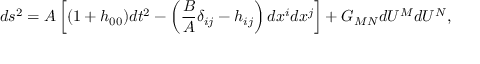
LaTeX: d s ^ { 2 } = A \left[ ( 1 + h _ { 0 0 } ) d t ^ { 2 } - \left( \frac { B } { A } \delta _ { i j } - h _ { i j } \right) d x ^ { i } d x ^ { j } \right] + G _ { M N } d U ^ { M } d U ^ { N } ,